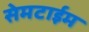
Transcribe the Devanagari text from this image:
सेमटाईम